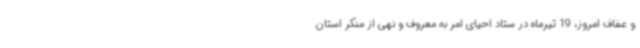
و عفاف امروز، 19 تیرماه در ستاد احیای امر به معروف و نهی از منکر استان